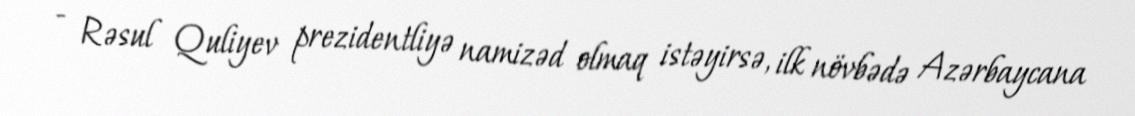
- Rəsul Quliyev prezidentliyə namizəd olmaq istəyirsə, ilk növbədə Azərbaycana